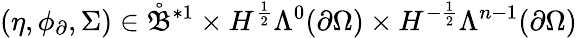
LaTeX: (\eta,\phi_{\partial},\Sigma)\in\mathring{\mathfrak{B}}^{\ast 1}\times H^{\frac{1}{2}}\Lambda^{0}(\partial\Omega)\times H^{-\frac{1}{2}}\Lambda^{n-1}(\partial\Omega)